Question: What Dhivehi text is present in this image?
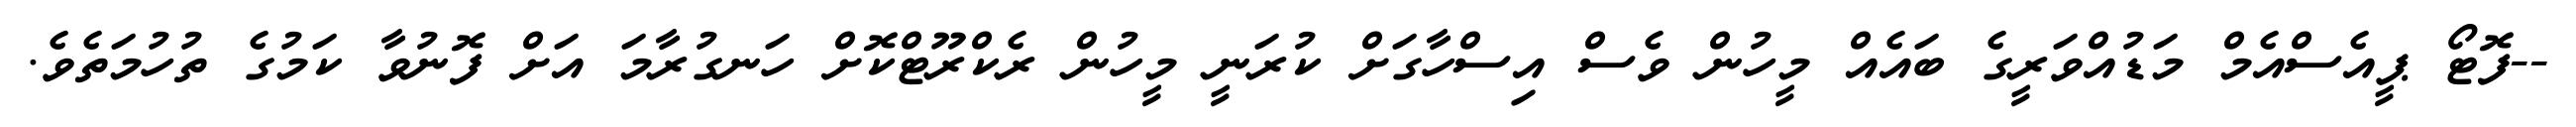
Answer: --ފޮޓޯ ޕީއެސްއެމް މަޑުއްވަރީގެ ބައެއް މީހުން ވެސް އިސްހާގަށް ކުރަނީ މީހުން ރެކްރޫޓްކޮށް ހަނގުރާމަ އަށް ފޮނުވާ ކަމުގެ ތުހުމަތެވެ.